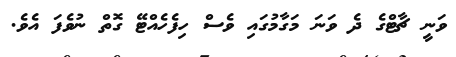
ވަނީ ޗާޓްގެ ދެ ވަނަ މަގާމުގައި ވެސް ހިފެހެއްޓޭ ގޮތް ނުވެފަ އެވެ.